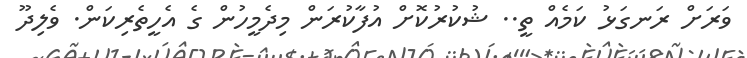
ވަރަށް ރަނގަޅު ކަމެއް ތީ.. ޝުކުރުކޮށް އުފާކުރަން މިދެމީހުން ގެ އެހީތެރިކަން. ވެލިދޫ